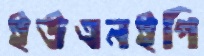
ইউএনইপি